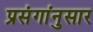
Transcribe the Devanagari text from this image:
प्रसंगांनुसार